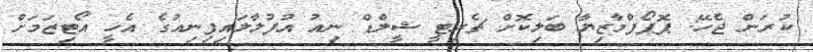
ކުރަން ޖެހޭ: ޕޮޕޯފްމާޒިޔާ ބަލިކޮށް ޗެރިޓީ ޝީލްޑް ނިއު އުފުލާލައިފިނިއުގެ އެހީ އޯޓިޒަމަށް